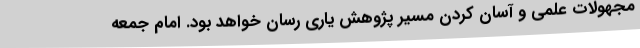
مجهولات علمی و آسان کردن مسیر پژوهش یاری رسان خواهد بود. امام جمعه